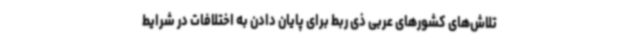
تلاش‌های کشورهای عربی ذی ربط برای پایان دادن به اختلافات در شرایط